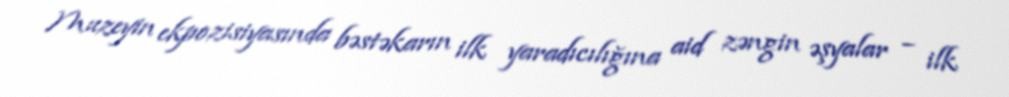
Muzeyin ekpozisiyasında bəstəkarın ilk yaradıcılığına aid zəngin əşyalar – ilk